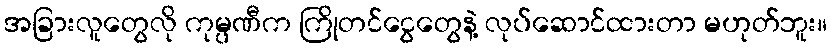
အခြားလူတွေလို ကုမ္ပဏီက ကြိုတင်ငွေတွေနဲ့ လုပ်ဆောင်ထားတာ မဟုတ်ဘူး။